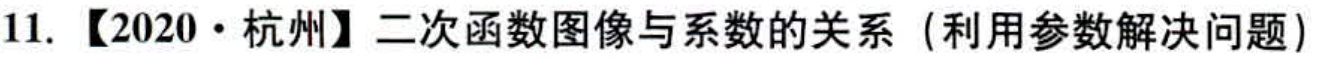
11. 【2020·杭州】二次函数图像与系数的关系（利用参数解决问题）